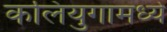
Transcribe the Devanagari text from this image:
कलियुगामध्ये